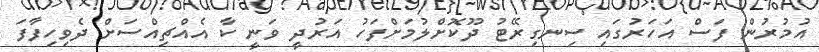
އުމުރުން ފަސް އަހަރުގައި ސިނގިރޭޓު ދޫކޮށްލުމަށްފަހު އަރުދީ ވަނީ ކާ އެއްޗިއްސަށް ދެވިހިފާފަ